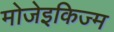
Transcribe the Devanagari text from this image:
मोजेइकिज्म